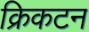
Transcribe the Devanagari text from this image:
क्रिकटन